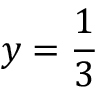
y = \frac 1 3